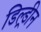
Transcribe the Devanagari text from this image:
डिल्ड्रीन